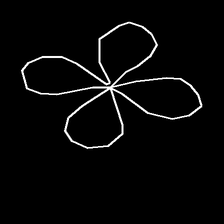
Glyph: billowing